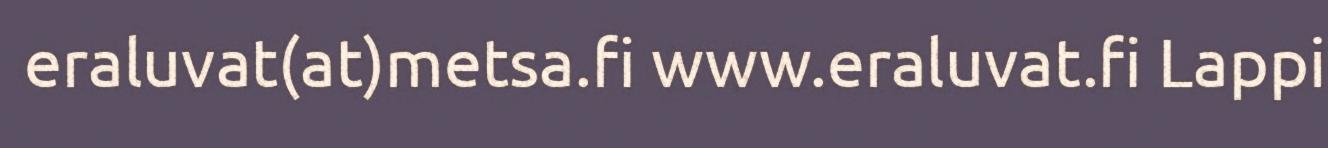
eraluvat(at)metsa.fi www.eraluvat.fi Lappi